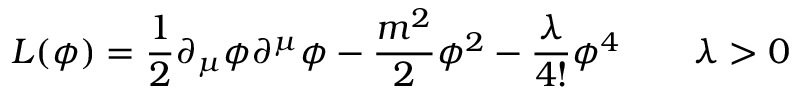
{ \cal L } ( \phi ) = { \frac { 1 } { 2 } } \partial _ { \mu } \phi \partial ^ { \mu } \phi - { \frac { m ^ { 2 } } { 2 } } \phi ^ { 2 } - { \frac { \lambda } { 4 ! } } \phi ^ { 4 } \qquad \lambda > 0